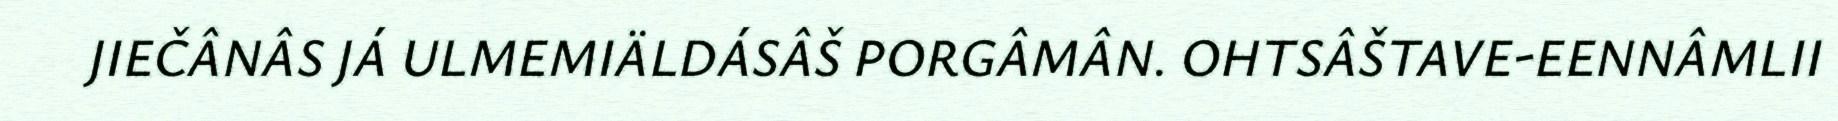
JIEČÂNÂS JÁ ULMEMIÄLDÁSÂŠ PORGÂMÂN. OHTSÂŠTAVE-EENNÂMLII